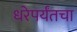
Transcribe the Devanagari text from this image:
धरेपर्यंतचा